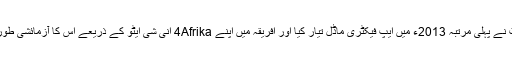
مائیکرو سافٹ نے پہلی مرتبہ 2013ء میں ایپ فیکٹری ماڈل تیار کیا اور افریقہ میں اپنے 4Afrika انی شی ایٹو کے ذریعے اس کا آزمائشی طور پر آغاز کیا۔